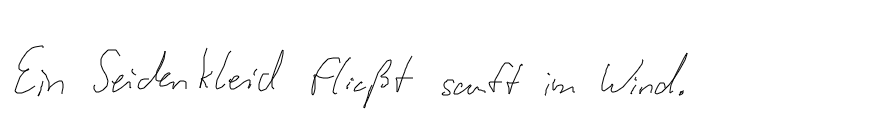
Ein Seidenkleid fließt sanft im Wind.